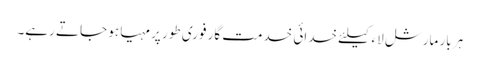
ہر بار مارشل لاء کیلئے خدائی خدمت گار فوری طور پر مہیا ہو جاتے رہے۔